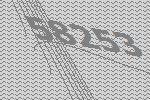
58253